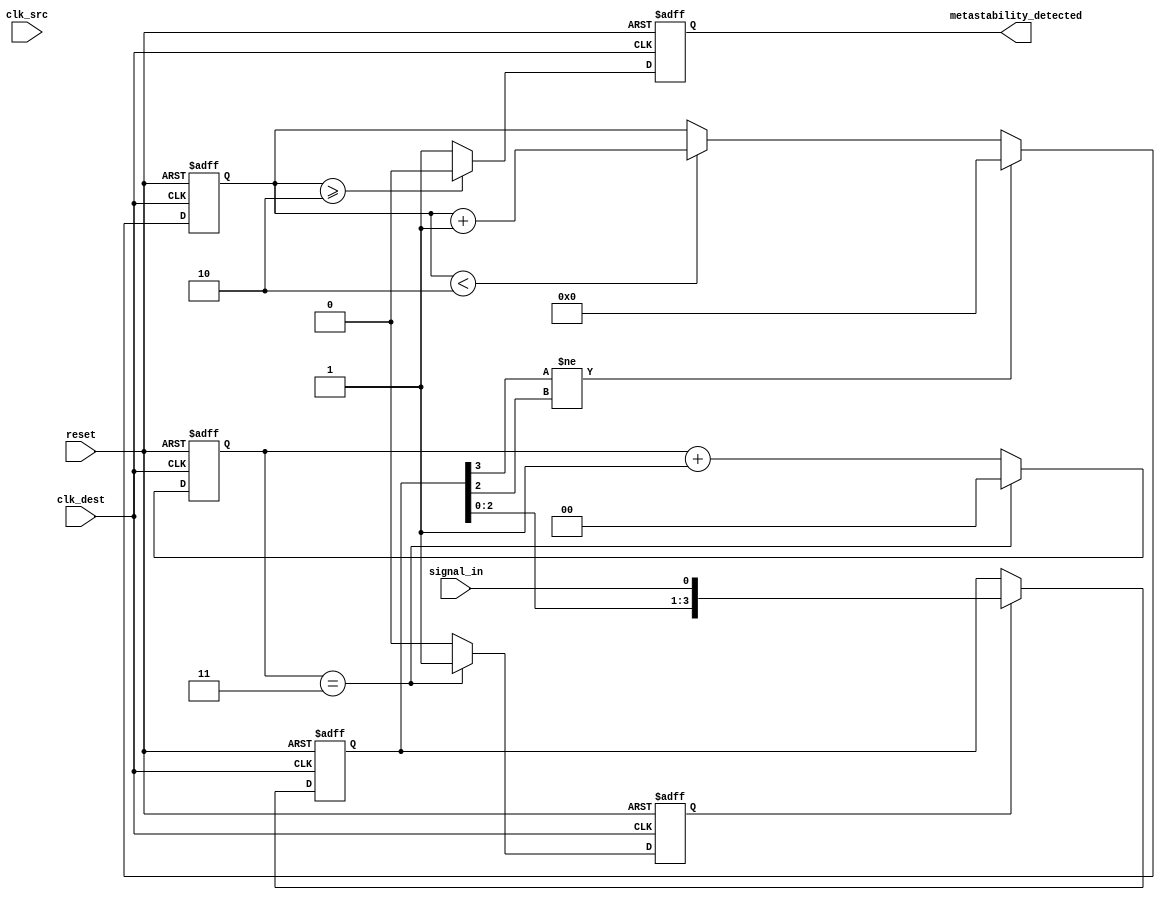
module metastability_detector (
    input wire clk_src,          // Source clock
    input wire clk_dest,         // Destination clock
    input wire reset,            // Reset signal
    input wire signal_in,        // Incoming signal to be sampled
    output reg metastability_detected // Output signal indicating metastability
);

    // Parameters
    parameter NUM_SAMPLES = 4;  // Number of samples to take
    parameter STABILITY_THRESHOLD = 2; // Number of stable samples required

    // Sampling memory blocks
    reg [NUM_SAMPLES-1:0] samples;
    reg [NUM_SAMPLES-1:0] stable_count;

    // Random sampling mechanism (simple counter for demonstration)
    reg [1:0] sample_counter; // Counter for sampling intervals
    reg sample_enable;        // Enable signal for sampling

    // Metastability detection logic
    always @(posedge clk_dest or posedge reset) begin
        if (reset) begin
            samples <= 0;
            stable_count <= 0;
            metastability_detected <= 0;
            sample_counter <= 0;
            sample_enable <= 0;
        end else begin
            // Random sampling mechanism (simple example)
            sample_counter <= sample_counter + 1;
            if (sample_counter == 2'b11) begin // Random sampling trigger
                sample_enable <= 1;
                sample_counter <= 0; // Reset counter
            end else begin
                sample_enable <= 0;
            end

            // Sample the incoming signal
            if (sample_enable) begin
                samples <= {samples[NUM_SAMPLES-2:0], signal_in};
            end

            // Check for metastability
            if (samples[NUM_SAMPLES-1] != samples[NUM_SAMPLES-2]) begin
                stable_count <= 0; // Reset stable count if a change is detected
            end else if (stable_count < STABILITY_THRESHOLD) begin
                stable_count <= stable_count + 1; // Increment stable count
            end

            // Detect metastability
            if (stable_count >= STABILITY_THRESHOLD) begin
                metastability_detected <= 0; // Signal is stable
            end else begin
                metastability_detected <= 1; // Signal is metastable
            end
        end
    end

endmodule